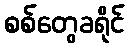
စစ်တွေခရိုင်